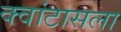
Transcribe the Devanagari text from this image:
क्वांटासला